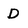
Character: D